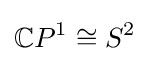
\mathbb {C} P^{1}\cong S^{2}